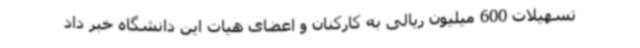
تسهیلات 600 میلیون ریالی به کارکنان و اعضای هیات این دانشگاه خبر داد